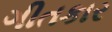
ગીતકાર